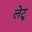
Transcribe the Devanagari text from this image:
लेटू